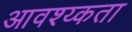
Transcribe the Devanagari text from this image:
आवश्य्कता